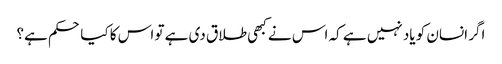
اگر انسان کو یاد نہیں ہے کہ اس نے کبھی طلاق دی ہے تو اس کا کیا حکم ہے؟